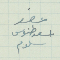
عضو اسعد طنوس سلوم